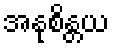
အနုစိန္တယ